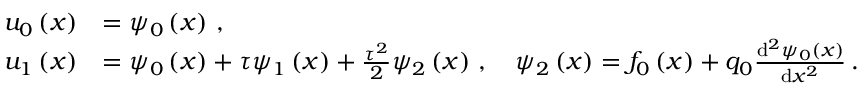
\begin{array} { r l } { { u } _ { 0 } \left( x \right) } & { = { \psi } _ { 0 } \left( x \right) \, , } \\ { { u } _ { 1 } \left( x \right) } & { = { \psi } _ { 0 } \left( x \right) + { \tau } { \psi } _ { 1 } \left( x \right) + \frac { { \tau } ^ { 2 } } { 2 } { \psi } _ { 2 } \left( x \right) \, , \quad { \psi } _ { 2 } \left( x \right) = { f } _ { 0 } \left( x \right) + { q } _ { 0 } \frac { \mathrm { d } ^ { 2 } { \psi } _ { 0 } \left( x \right) } { \mathrm { d } { x } ^ { 2 } } \, . } \end{array}